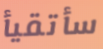
سأتقيأ